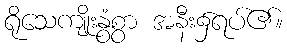
ရိုသေကျိုးနွံစွာ အနီး၌ရပ်၏။